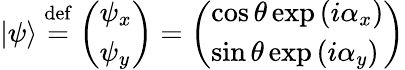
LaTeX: |\psi\rangle\ {\stackrel{\mathrm{def}}{=}}\ {\left(\begin{array}{l}{\psi_{x}}\\ {\psi_{y}}\end{array}\right)}={\left(\begin{array}{l}{\cos\theta\exp\left(i\alpha_{x}\right)}\\ {\sin\theta\exp\left(i\alpha_{y}\right)}\end{array}\right)}